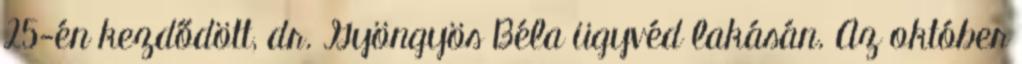
25-én kezdődött, dr. Gyöngyös Béla ügyvéd lakásán. Az október